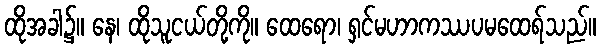
ထိုအခါ၌။ နေ၊ ထိုသူငယ်တို့ကို။ ထေရော၊ ရှင်မဟာကဿပမထေရ်သည်။